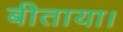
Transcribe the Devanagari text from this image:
बीताया।